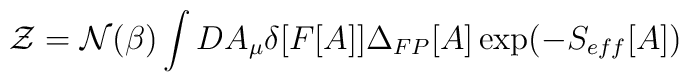
{\cal Z}  =  {\cal N}(\beta) \int DA_\mu \delta[F[A]] \Delta_{FP}[A]\exp (-S_{eff}[A])